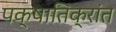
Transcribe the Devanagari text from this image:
पक्षातिक्रांत